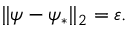
\| \psi - \psi _ { * } \| _ { 2 } = \varepsilon .